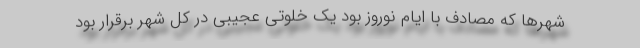
شهرها که مصادف با ایام نوروز بود یک خلوتی عجیبی در کل شهر برقرار بود